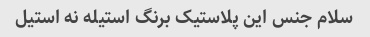
سلام جنس این پلاستیک برنگ استیله نه استیل